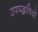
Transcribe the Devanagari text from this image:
उपपद्धतियों